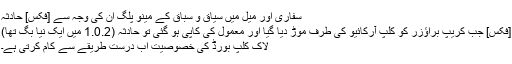
سفاری اور میل میں سیاق و سباق کے مینو پلگ ان کی وجہ سے [فکس] حادثہ
[فکس] جب کریپ براؤزر کو کلپ آرکائیو کی طرف موڑ دیا گیا اور معمول کی کاپی ہو گئی تو حادثہ (1.0.2 میں ایک نیا بگ تھا)
لاک کلپ بورڈ کی خصوصیت اب درست طریقے سے کام کرتی ہے۔